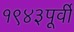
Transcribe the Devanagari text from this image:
१९४३पूर्वी